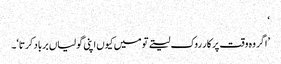
‘
’اگر وہ وقت پر کار روک لیتے تو میں کیوں اپنی گولیاں برباد کرتا‘۔